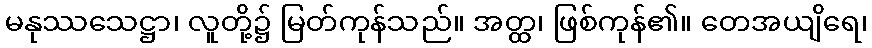
မနုဿသေဋ္ဌာ၊ လူတို့၌ မြတ်ကုန်သည်။ အတ္ထ၊ ဖြစ်ကုန်၏။ တေအယျိရေ၊